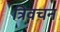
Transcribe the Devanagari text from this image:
त्रिवचन